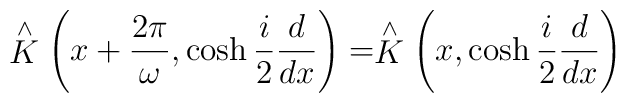
\stackrel{\wedge }{K}\left(x+ \frac{2 \pi}{\omega},\cosh\frac{i}{2}\frac{d}{dx} \right)  = \stackrel{\wedge }{K}\left(x,\cosh\frac{i}{2}\frac{d}{dx} \right)